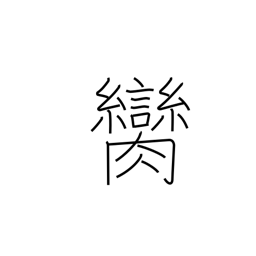
Meaning: witness